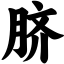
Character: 脐